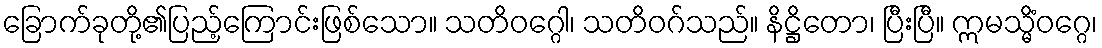
ခြောက်ခုတို့၏ပြည့်ကြောင်းဖြစ်သော။ သတိဝဂ္ဂေါ၊ သတိဝဂ်သည်။ နိဋ္ဌိတော၊ ပြီးပြီ။ ဣမသ္မိံဝဂ္ဂေ၊